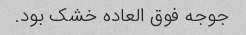
جوجه فوق العاده خشک بود.